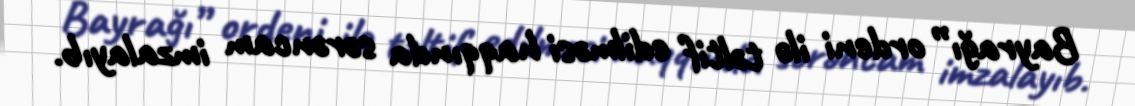
Bayrağı” ordeni ilə təltif edilməsi haqqında sərəncam imzalayıb.